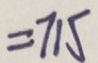
= 7 1 5